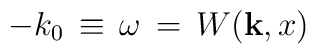
-k_0 {\,}\equiv{\,} \omega {\,}={\,} W({\bf k},x)